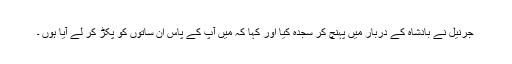
جرنیل نے بادشاہ کے دربار میں پہنچ کر سجدہ کیا اور کہا کہ میں آپ کے پاس ان ساتوں کو پکڑ کر لے آیا ہوں ۔